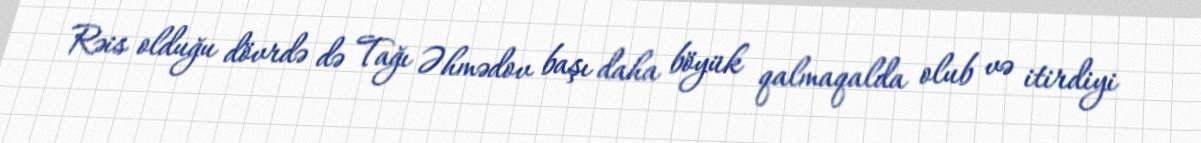
Rəis olduğu dövrdə də Tağı Əhmədov başı daha böyük qalmaqalda olub və itirdiyi